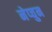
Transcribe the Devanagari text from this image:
नेप्चुन